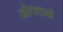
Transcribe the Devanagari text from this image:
नोतवाने